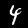
Digit: 4